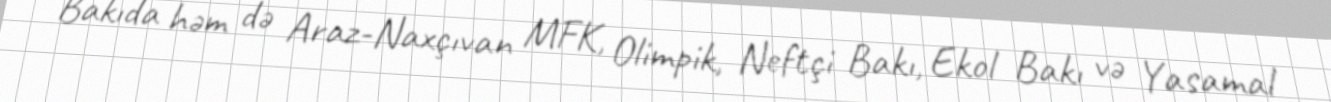
Bakıda həm də Araz-Naxçıvan MFK, Olimpik, Neftçi Bakı, Ekol Bakı və Yasamal